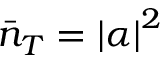
\bar { n } _ { T } = \left\vert \alpha \right\vert ^ { 2 }